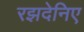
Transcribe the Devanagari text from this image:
रझदेनिए